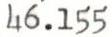
46.155